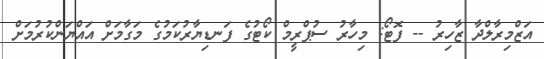
އަޒްމިރާލްދާ ޒާހިރު -- ފޮޓޯ: މިހާރު ސުޕްރީމް ކޯޓުގެ ފަނޑިޔާރުކަމުގެ މަގާމަށް އައްޔަންކުރުމަށް